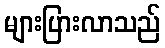
များပြားလာသည်